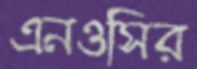
এনওসির